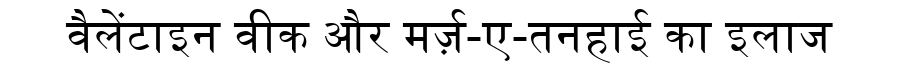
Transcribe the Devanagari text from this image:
वैलेंटाइन वीक और मर्ज़-ए-तनहाई का इलाज